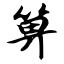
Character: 箅